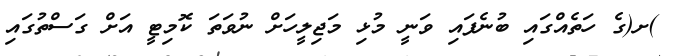
)ށ(ގެ ހަތެއްގައި ބުނެފައި ވަނީ މުޅި މަޖިލީހަށް ނުވަތަ ކޮމިޓީ އަށް ގަސްތުގައި